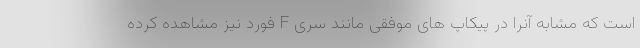
است که مشابه آنرا در پیکاپ های موفقی مانند سری F فورد نیز مشاهده کرده